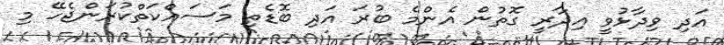
އަދި ވިދާޅުވީ އިދާރީ ގޮތުން އެންމެ ބުރަ އަދި ބޮޑެތި މަސައްކަތްކުރަންޖެހޭ މި